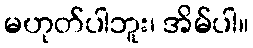
မဟုတ်ပါဘူး၊ အိမ်ပါ။